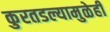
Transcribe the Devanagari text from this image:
कुरतडल्यामुळेही